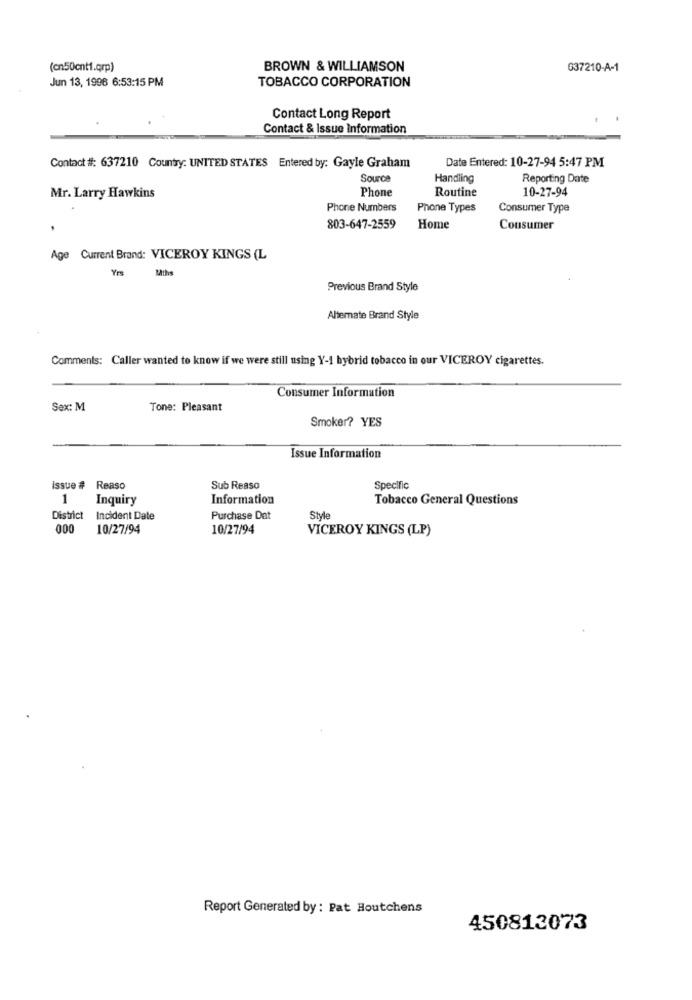
(cn50cnt1.qrp)
BROWN & WILLIAMSON
637210-A-1
Jun 13, 1996 6:53:15 PM
TOBACCO CORPORATION
Contact Long Report
Contact & Issue Information
Date Entered: 10-27-94 5:47 PM
Contact #: 637210 Country: UNITED STATES Entered by: Gayle Graham
Source
Handling
Reporting Date
Phone
Routine
10-27-94
Mr. Larry Hawkins
Phone Numbers
Phone Types
Consumer Type
803-647-2559
Home
Consumer
Age Current Brand: VICEROY KINGS (L
Yrs
Mths
Previous Brand Style
Alternate Brand Style
Comments: Caller wanted to know if we were still using Y-1 hybrid tobacco in our VICEROY cigarettes.
Consumer Information
Sex: M
Tone: Pleasant
Smoker? YES
Issue Information
issue # Reaso
Sub Reaso
Specific
1
Inquiry
Information
Tobacco General Questions
District
Incident Date
Purchase Dat
Style
000
10/27/94
10/27/94
VICEROY KINGS (LP)
Report Generated by : Pat Houtchens
450813073